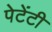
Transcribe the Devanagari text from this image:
पेटेंटी